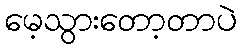
မေ့သွားတော့တာပဲ